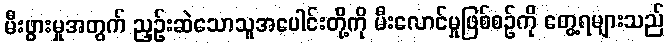
မီးဖွားမှုအတွက် ညှဉ်းဆဲသောသူအပေါင်းတို့ကို မီးလောင်မှုဖြစ်စဉ်ကို တွေ့ရများသည်